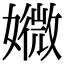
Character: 㜫